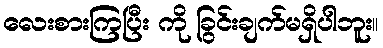
လေးစားကြပြီး ကို ခြွင်းချက်မရှိပါဘူး။